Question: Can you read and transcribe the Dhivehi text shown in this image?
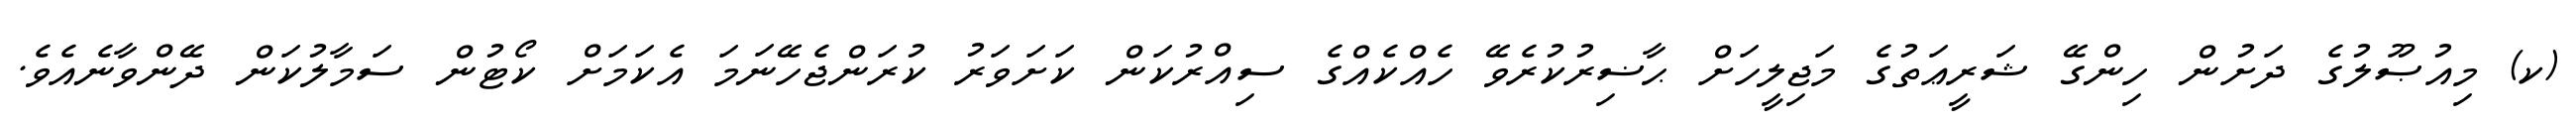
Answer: (ކ) މިއުޞޫލުގެ ދަށުން ހިންގޭ ޝަރީޢަތުގެ މަޖިލީހަށް ޙާޟިރުކުރެވޭ ހެއްކެއްގެ ސިއްރުކަން ކަށަވަރު ކުރަންޖެހޭނަމަ އެކަމަށް ކޯޓުން ސަމާލުކަން ދޭންވާނެއެވެ.